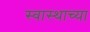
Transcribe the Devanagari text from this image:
स्वास्थाच्या